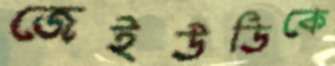
জেইউডিকে